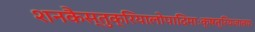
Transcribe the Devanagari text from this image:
शनकैस्तुक्रियालोपादिमाःक्षत्रियजातयः